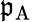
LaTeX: \mathfrak{p}_{\mathrm{{{A}}}}